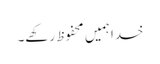
خدا ہمیں محفوظ رکھے۔